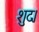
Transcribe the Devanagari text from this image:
शुद।